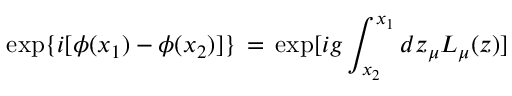
\exp \{ i [ \phi ( x _ { 1 } ) - \phi ( x _ { 2 } ) ] \} \, = \, \exp [ i g \int _ { x _ { 2 } } ^ { x _ { 1 } } d z _ { \mu } L _ { \mu } ( z ) ]